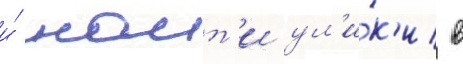
и́ наит'и ул'и́к'и в